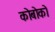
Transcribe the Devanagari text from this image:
कोबोको